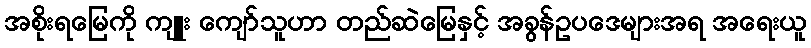
အစိုးရမြေကို ကျူး ကျော်သူဟာ တည်ဆဲမြေနှင့် အခွန်ဥပဒေများအရ အရေးယူ